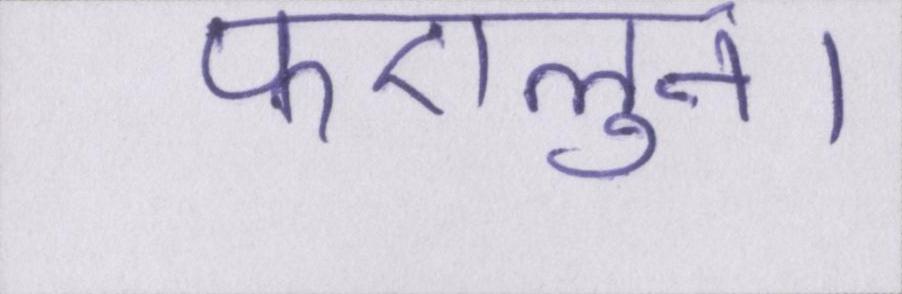
फएलुन।